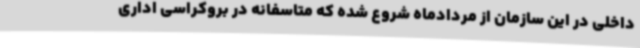
داخلی در این سازمان از مردادماه شروع شده که متاسفانه در بروکراسی اداری